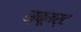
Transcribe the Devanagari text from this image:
स्कूबर्ट